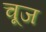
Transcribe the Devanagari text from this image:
चूज